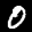
Label: 0